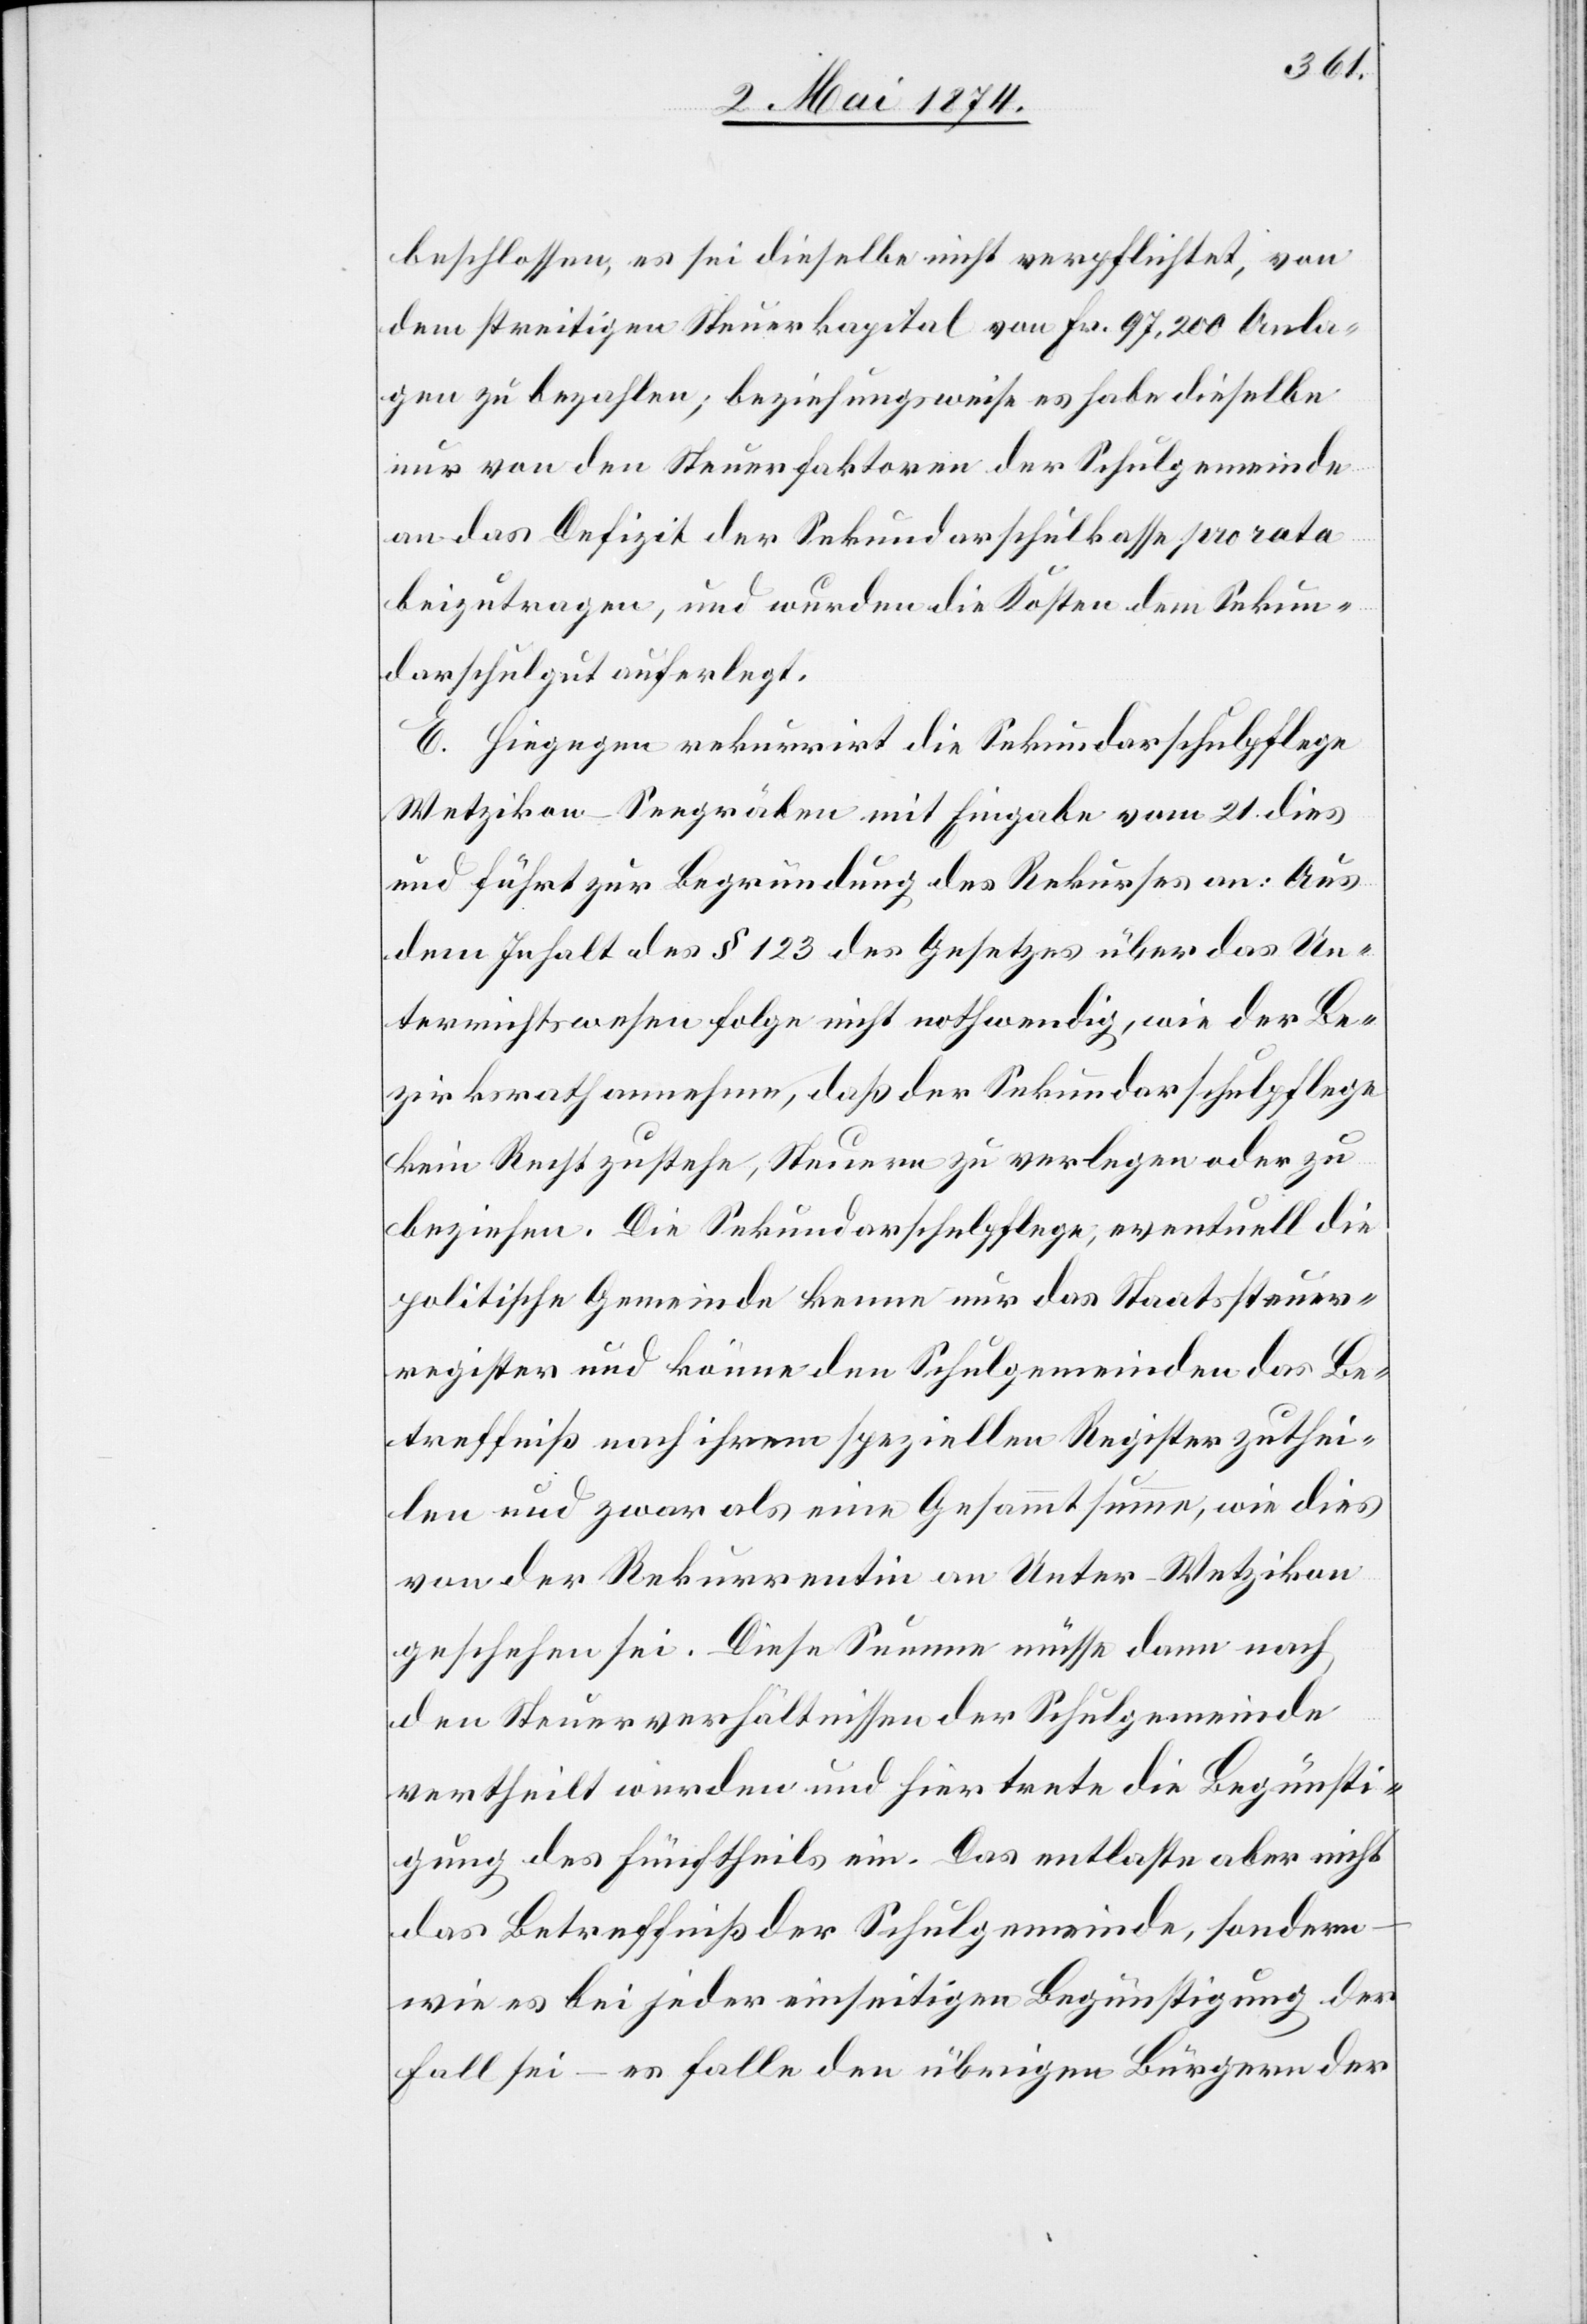
beschlossen, es sei dieselbe nicht verpflichtet, von
dem streitigen Steuerkapital von Fr. 97,200 Anla¬
gen zu bezahlen; beziehungsweise es habe dieselbe
nur von den Steuerfaktoren der Schulgemeinde
an das Defizit der Sekundarschulkasse pro rata
beizutragen, und wurden die Kosten dem Sekun¬
darschulgut auferlegt.
E. Hiegegen rekurrirt die Sekundarschulpflege
Wetzikon-Seegräben mit Eingabe vom 21. dies
und führt zur Begründung des Rekurses an: Aus
dem Inhalt des § 123 des Gesetzes über das Un¬
terrichtswesen folge nicht nothwendig, wie der Be¬
zirksrath annehme, daß der Sekundarschulpflege
kein Recht zustehe, Steuern zu verlegen oder zu
beziehen. Die Sekundarschulpflege, eventuell die
politische Gemeinde kenne nur das Staatssteuer¬
register und könne den Schulgemeinden das Be¬
treffniß nach ihrem speziellen Register zuthei¬
len und zwar als eine Gesammtsumme, wie dies
von der Rekurrentin an Unter-Wetzikon
geschehen sei. Diese Summe müsse dann nach
den Steuerverhältnissen der Schulgemeinde
vertheilt werden und hier trete die Begünsti¬
gung des fünftheils ein. Das entlaste aber nicht
das Betreffniß der Schulgemeinde, sondern
wie es bei jeder einseitigen Begünstigung der
Fall sei – es falle den übrigen Bürgern der